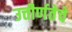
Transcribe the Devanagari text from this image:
उत्तीर्णतेचे